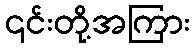
၎င်းတို့အကြား